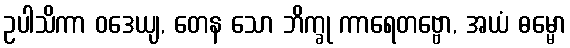
ဥပါသိကာ ဝဒေယျ, တေန သော ဘိက္ခု ကာရေတဗ္ဗော, အယံ ဓမ္မော